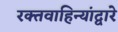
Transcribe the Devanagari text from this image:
रक्तवाहिन्यांद्वारे